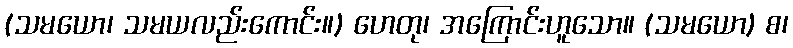
(သမယော၊ သမယလည်းကောင်း။) ဟေတု၊ အကြောင်းဟူသော။ (သမယော) စ၊